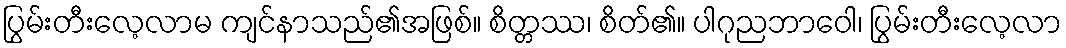
ပြွမ်းတီးလေ့လာမ ကျင်နာသည်၏အဖြစ်။ စိတ္တဿ၊ စိတ်၏။ ပါဂုညဘာဝေါ၊ ပြွမ်းတီးလေ့လာ